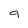
Character: 9